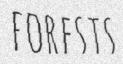
FORESTS